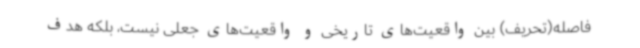
فاصله(تحریف) بین واقعیت‌های تاریخی و واقعیت‌های جعلی نیست، بلکه هدف